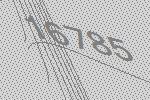
16785